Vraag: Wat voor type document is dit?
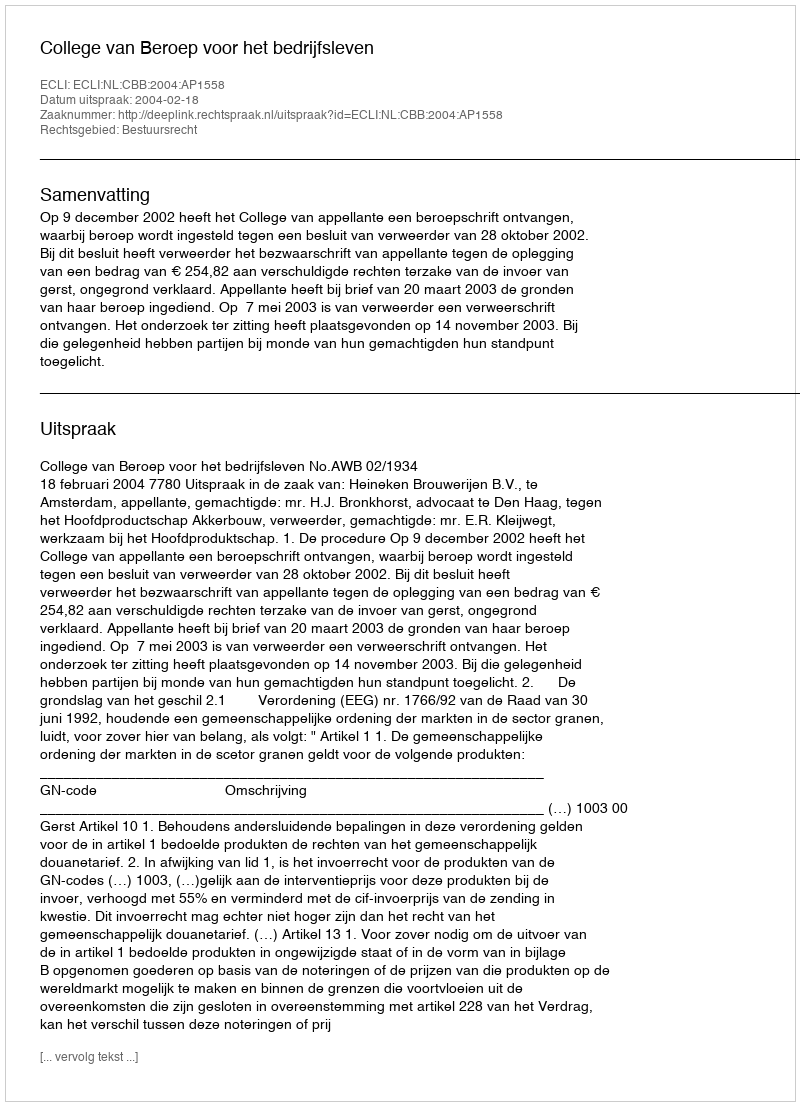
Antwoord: Uitspraak